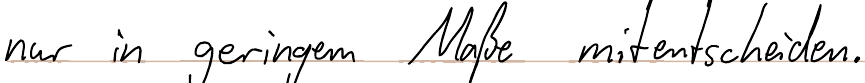
nur in geringem Maße mitentscheiden.